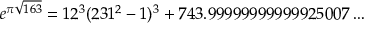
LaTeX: e ^ { \pi { \sqrt { 1 6 3 } } } = 1 2 ^ { 3 } ( 2 3 1 ^ { 2 } - 1 ) ^ { 3 } + 7 4 3 . 9 9 9 9 9 9 9 9 9 9 9 9 2 5 0 0 7 \dots